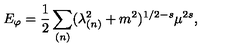
E _ { \varphi } = { \frac { 1 } { 2 } } \sum _ { ( n ) } ( \lambda _ { ( n ) } ^ { 2 } + m ^ { 2 } ) ^ { 1 / 2 - s } \mu ^ { 2 s } ,